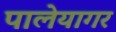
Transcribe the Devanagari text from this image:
पालेयागर